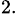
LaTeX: ^{2.}